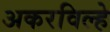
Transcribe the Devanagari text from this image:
अकरविल्हे